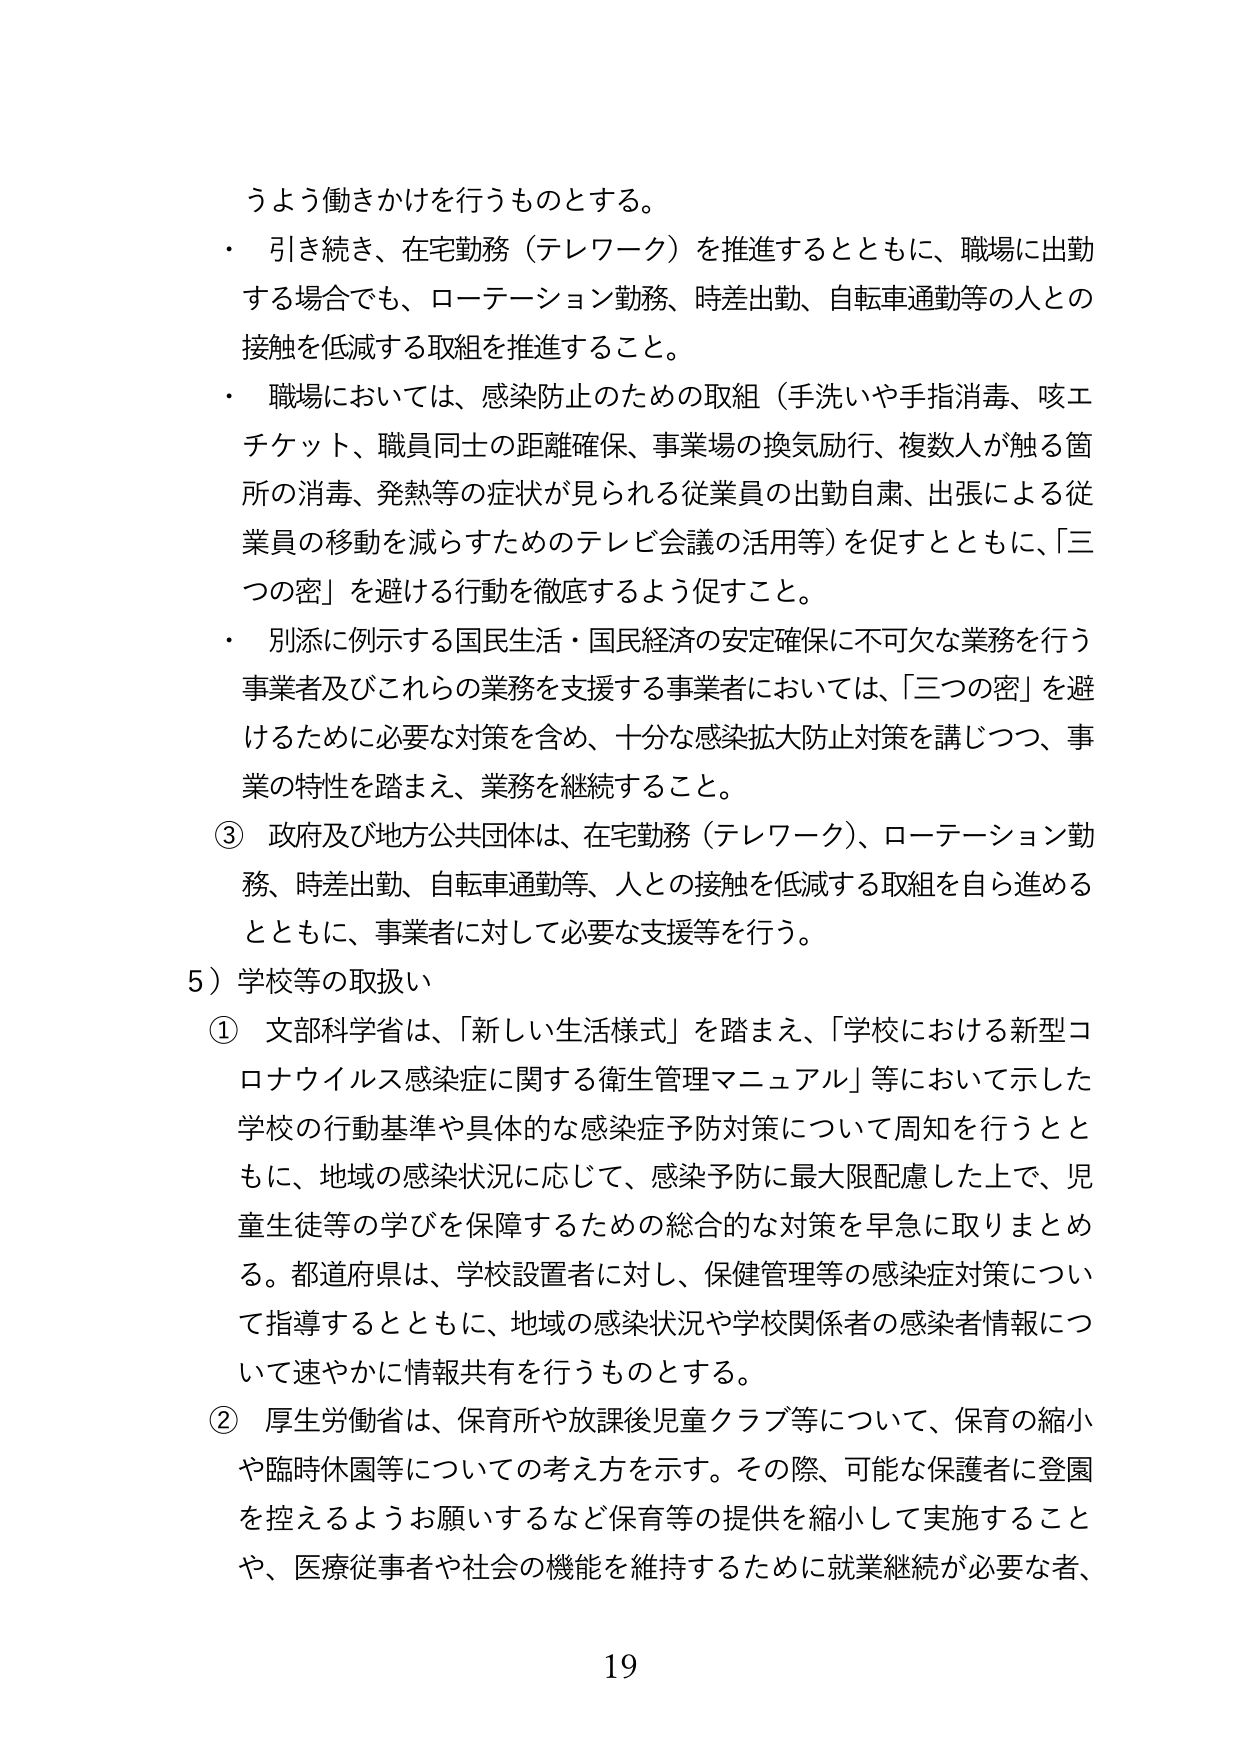
うよう働きかけを行うものとする。

・ 引き続き、在宅勤務（テレワーク）を推進するとともに、職場に出勤する場合でも、ローテーション勤務、時差出勤、自転車通勤等の人との接触を低減する取組を推進すること。

・ 職場においては、感染防止のための取組（手洗いや手指消毒、咳エチケット、職員同士の距離確保、事業場の換気励行、複数人が触る箇所の消毒、発熱等の症状が見られる従業員の出勤自粛、出張による従業員の移動を減らすためのテレビ会議の活用等）を促すとともに、「三つの密」を避ける行動を徹底するよう促すこと。

・ 別添に例示する国民生活・国民経済の安定確保に不可欠な業務を行う事業者及びこれらの業務を支援する事業者においては、「三つの密」を避けるために必要な対策を含め、十分な感染拡大防止対策を講じつつ、事業の特性を踏まえ、業務を継続すること。

③ 政府及び地方公共団体は、在宅勤務（テレワーク）、ローテーション勤務、時差出勤、自転車通勤等、人との接触を低減する取組を自ら進めるとともに、事業者に対して必要な支援等を行う。

5）学校等の取扱い

① 文部科学省は、「新しい生活様式」を踏まえ、「学校における新型コロナウイルス感染症に関する衛生管理マニュアル」等において示した学校の行動基準や具体的な感染症予防対策について周知を行うとともに、地域の感染状況に応じて、感染予防に最大限配慮した上で、児童生徒等の学びを保障するための総合的な対策を早急に取りまとめ る。都道府県は、学校設置者に対し、保健管理等の感染症対策について指導するとともに、地域の感染状況や学校関係者の感染者情報について速やかに情報共有を行うものとする。

② 厚生労働省は、保育所や放課後児童クラブ等について、保育の縮小や臨時休園等についての考え方を示す。その際、可能な保護者に登園を控えるようお願いするなど保育等の提供を縮小して実施することや、医療従事者や社会の機能を維持するために就業継続が必要な者、

19